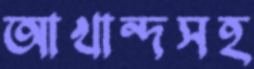
আখান্দসহ